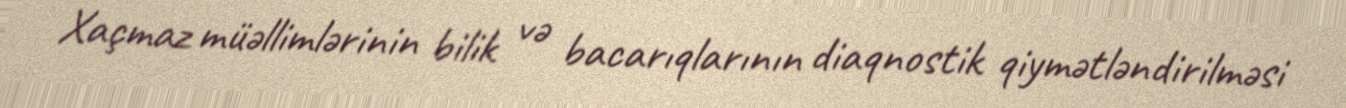
Xaçmaz müəllimlərinin bilik və bacarıqlarının diaqnostik qiymətləndirilməsi